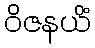
ဝိဇနယိံ